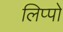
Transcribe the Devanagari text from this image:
लिप्पो